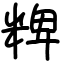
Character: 粺